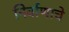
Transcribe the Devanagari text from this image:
निर्वाणाचे